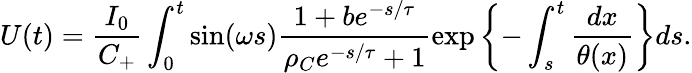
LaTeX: U(t)=\frac{I_{0}}{C_{+}}\int_{0}^{t}\sin(\omega s)\frac{1+be^{-s/\tau}}{\rho_{C}e^{-s/\tau}+1}\exp\left\{ -\int_{s}^{t}\frac{dx}{\theta(x)}\right\} ds.